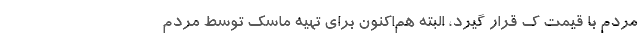
مردم با قیمت ک قرار گیرد، البته هم‌اکنون برای تهیه ماسک توسط مردم